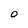
Character: 0